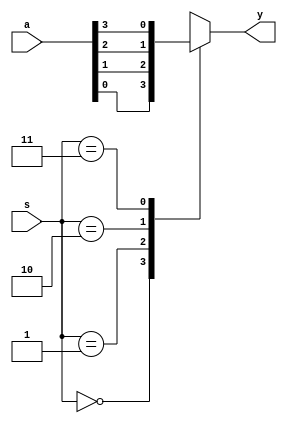
module mux41(a,s,y);
	input [3:0] a;
	input [1:0] s;
	output reg y;
	
	always @(a or s)
		case (s)
			0: y=a[0];
			1: y=a[1];
			2: y=a[2];
			3: y=a[3];
			default: y=1'b0;
		endcase
endmodule